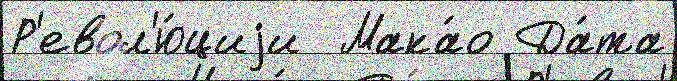
Р'евол'ю́циjи  Мака́о Да́та